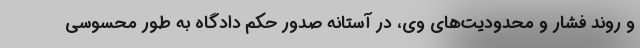
و روند فشار و محدودیت‌های وی، در آستانه صدور حکم دادگاه به طور محسوسی